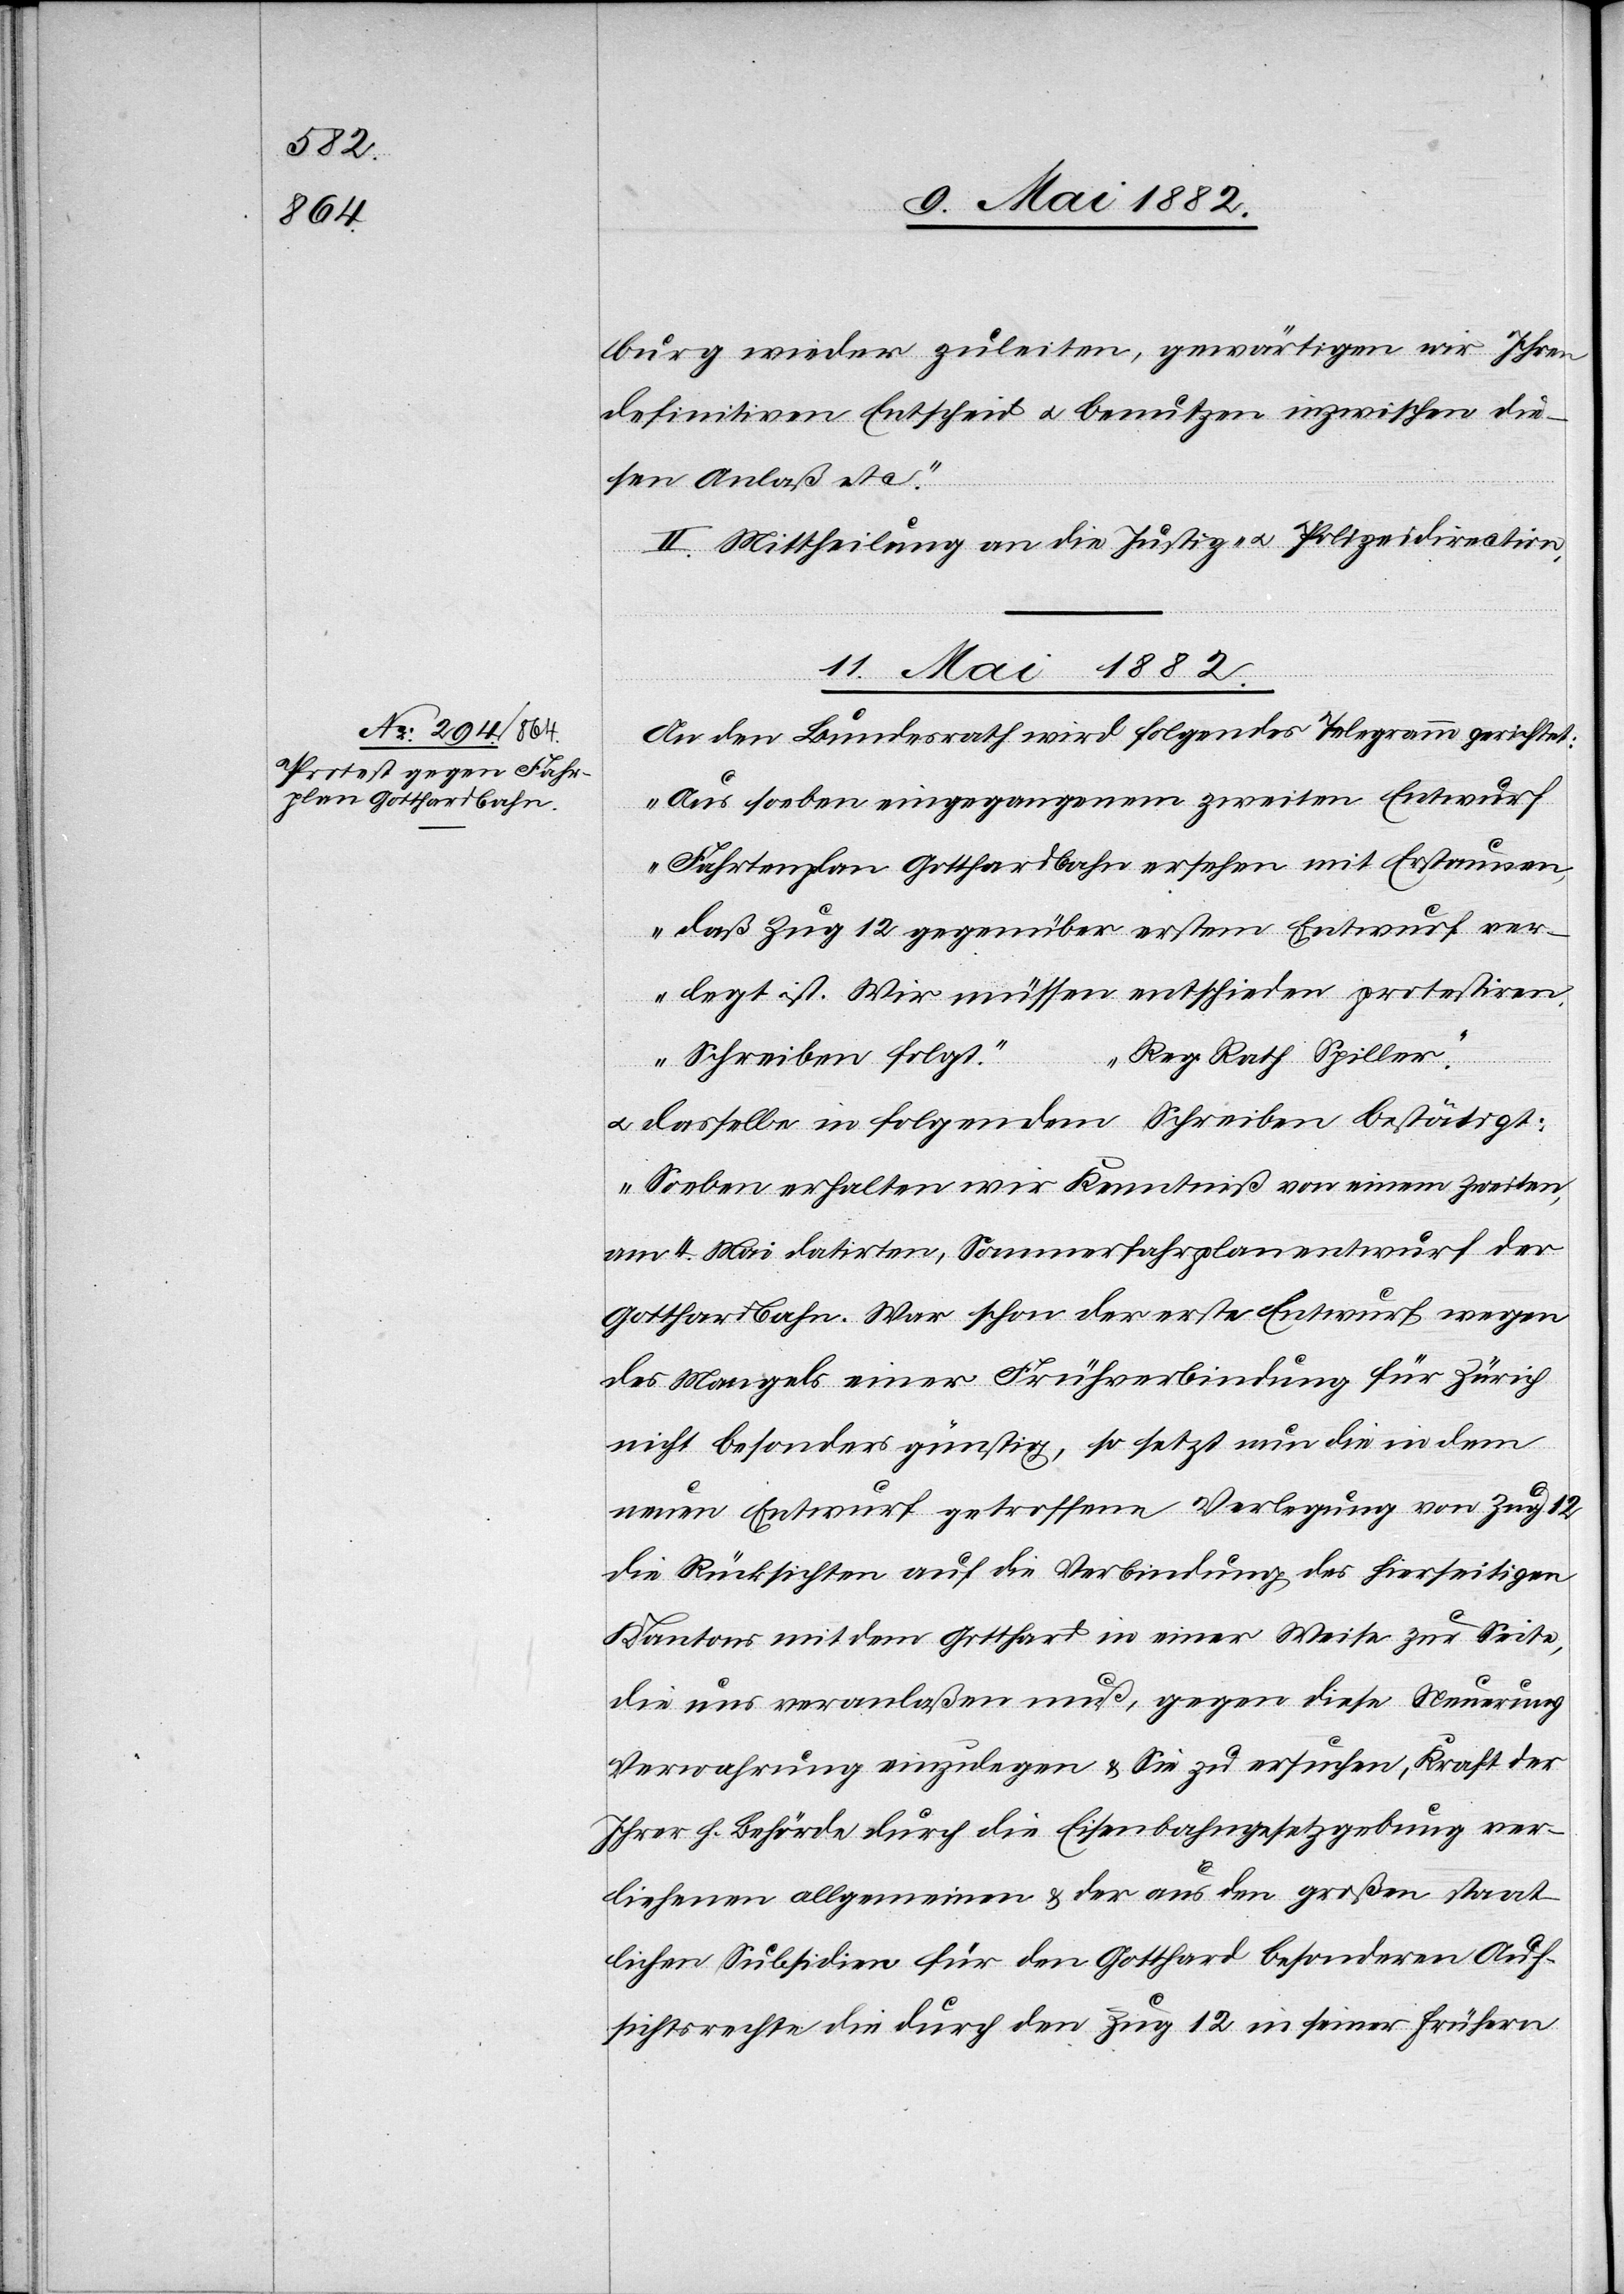
burg wieder zuleiten, gewärtigen wir Ihren
definitiven Entscheid u. benutzen inzwischen die¬
sen Anlaß etc.“
II. Mittheilung an die Justiz- u. Polizeidirection.
11. Mai 1882.
An den Bundesrath wird folgendes Telegramm gerichtet:
„Aus soeben eingegangenen zweiten Entwurf
Fahrplan Gotthardbahn ersehen mit Erstaunen,
daß Zug 12 gegenüber erstem Entwurf ver¬
legt ist. Wir müssen entschieden protestiren.
Reg. Rath Spiller.“
Schreiben folgt.
u. dasselbe in folgendem Schreiben bestätigt:
„Soeben erhalten wir Kenntniß von einem zweiten,
am 4. Mai datirten, Sommerfahrplanentwurf der
Gotthardbahn. War schon der erste Entwurf wegen
des Mangels einer Frühverbindung für Zürich
nicht besonders günstig, so setzt nun die in dem
neuen Entwurf getroffene Verlegung von Zug 12
die Rücksichten auf die Verbindung des hierseitigen
Kantons mit dem Gotthard in einer Weise zur Seite,
die uns veranlaßen muß, gegen diese Neuerung
Verwahrung einzulegen & Sie zu ersuchen, Kraft der
Ihrer h. Behörde durch die Eisenbahngesetzgebung ver¬
liehenen allgemeinen & der aus den großen staat¬
lichen Subsidien für den Gotthard besonderen Auf¬
sichtsrechte die durch den Zug 12 in seiner frühern